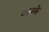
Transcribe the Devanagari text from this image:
आनके